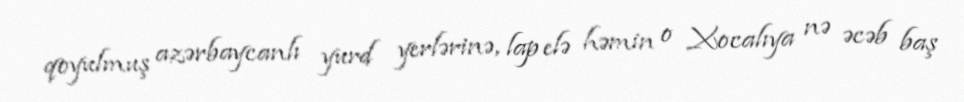
qoyulmuş azərbaycanlı yurd yerlərinə, lap elə həmin o Xocalıya nə əcəb baş